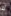
لا